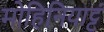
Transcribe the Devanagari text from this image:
मोहिनियाट्टं